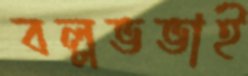
বল্লভভাই